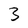
Character: 3